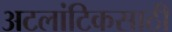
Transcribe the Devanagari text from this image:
अटलांटिकसाठी